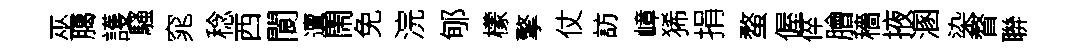
巫臈護騷窕稔西閬邅閙免浣郇檬擎仗訪嶂狶捐蝥偓倅膾穡掖溷染瞀聨